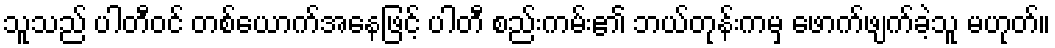
သူသည် ပါတီဝင် တစ်ယောက်အနေဖြင့် ပါတီ စည်းကမ်း၏ ဘယ်တုန်းကမှ ဖောက်ဖျက်ခဲ့သူ မဟုတ်။